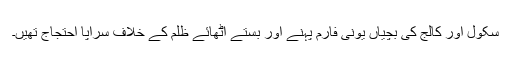
سکول اور کالج کی بچیاں یونی فارم پہنے اور بستے اٹھائے ظلم کے خلاف سراپا احتجاج تھیں۔